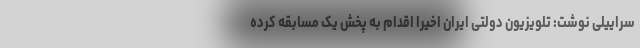
سراییلی نوشت: تلویزیون دولتی ایران اخیرا اقدام به پخش یک مسابقه کرده